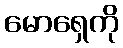
မောရှေကို